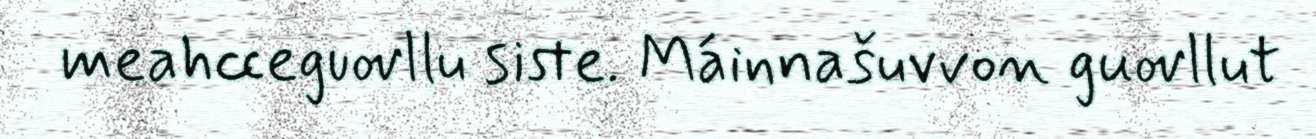
meahcceguovllu siste. Máinnašuvvon guovllut